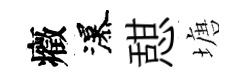
癥瀑憇塘